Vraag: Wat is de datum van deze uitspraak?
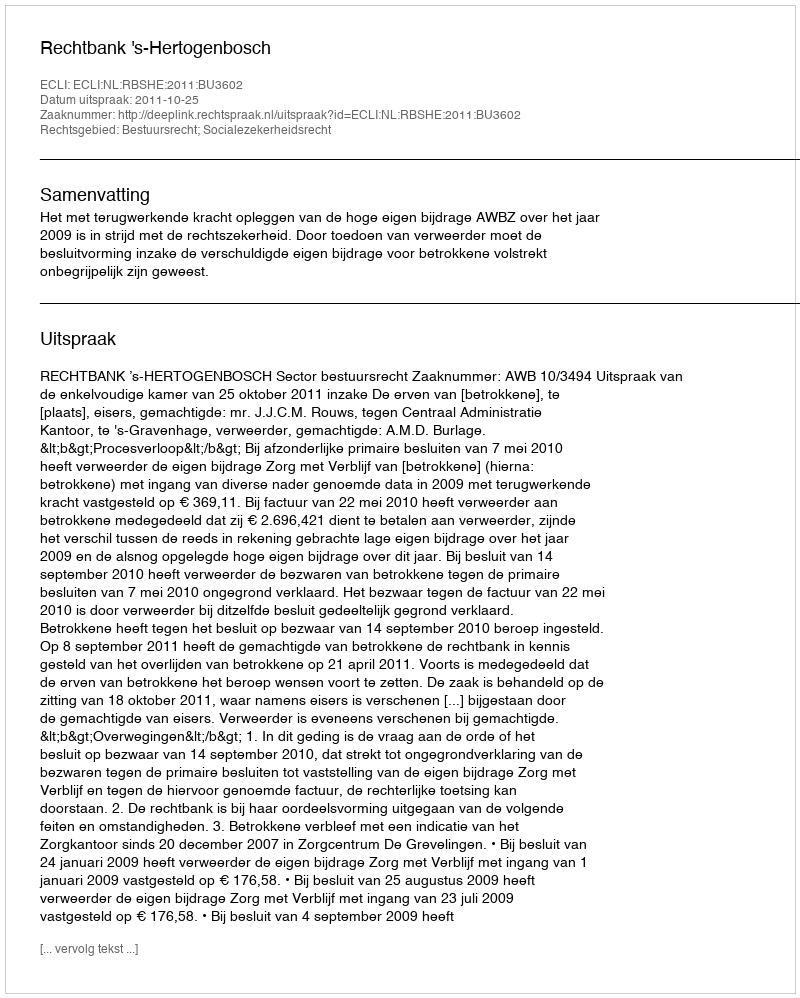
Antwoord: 2011-10-25